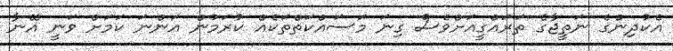
އެކުދިންގެ ނަތީޖާގެ ތަރައްގީއަށްވެސް ގިނަ މަސައްކަތްތަކެއް ކުރަމުން އަންނަ ކަމަށް ވަނީ އޭނާ